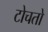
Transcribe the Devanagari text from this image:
टोचतो